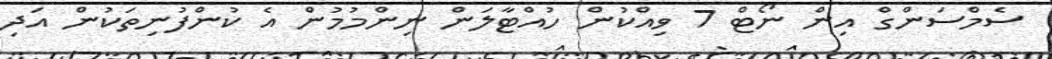
ސެމްސަންގް އިން ނޯޓް 7 ވިއްކުން ހުއްޓާލަން ނިންމުމުން އެ ކުންފުނިތަކުން އަދި